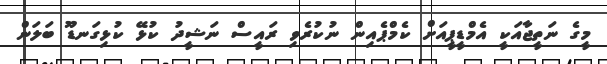
މީގެ ނަތީޖާއަކީ އެމްޑީޕީއަށް ކެމްޕެއިން ނުކުރެވި ރައީސް ނަޝީދު ކުޅޭ ކުޅިގަނޑޫ ބަލަން